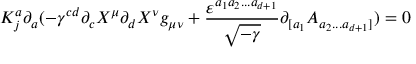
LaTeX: K _ { j } ^ { a } \partial _ { a } ( - \gamma ^ { c d } \partial _ { c } X ^ { \mu } \partial _ { d } X ^ { \nu } g _ { \mu \nu } + \frac { \varepsilon ^ { a _ { 1 } a _ { 2 } . . . a _ { d + 1 } } } { \sqrt { - \gamma } } \partial _ { [ a _ { 1 } } A _ { a _ { 2 } . . . a _ { d + 1 } ] } ) = 0